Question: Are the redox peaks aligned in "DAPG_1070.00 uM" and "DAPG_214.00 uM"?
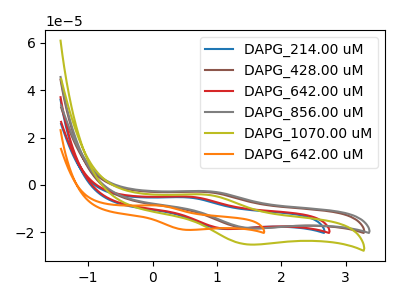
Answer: <think>The blue curve "DAPG_214.00 uM" has an anodic peak at (0.50V, -5.25uA) and a cathodic peak at (1.10V, -18.65uA). The brown curve "DAPG_428.00 uM" has an anodic peak at (0.80V, -2.95uA) and a cathodic peak at (1.50V, -18.40uA). The red curve "DAPG_642.00 uM" has an anodic peak at (0.55V, -4.95uA) and a cathodic peak at (1.15V, -18.60uA). The gray curve "DAPG_856.00 uM" has an anodic peak at (0.85V, -2.65uA) and a cathodic peak at (1.55V, -18.35uA). The olive curve "DAPG_1070.00 uM" has an anodic peak at (0.80V, -4.05uA) and a cathodic peak at (1.50V, -25.20uA). The orange curve "DAPG_642.00 uM" has an anodic peak at (0.05V, -8.70uA) and a cathodic peak at (0.50V, -19.05uA).</think>
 <answer>No, "DAPG_1070.00 uM" and "DAPG_214.00 uM" have at least one peak that does not match.</answer>
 <eval>mismatch</eval>